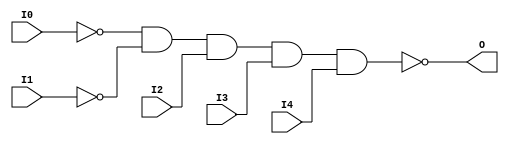
// $Header: /devl/xcs/repo/env/Databases/CAEInterfaces/verunilibs/s/NAND5B2.v,v 1.8.22.1 2003/11/18 20:41:37 wloo Exp $

/*

FUNCTION	: 5-INPUT NAND GATE

*/

`timescale  100 ps / 10 ps


module NAND5B2 (O, I0, I1, I2, I3, I4);

    output O;

    input  I0, I1, I2, I3, I4;

    not N1 (i1_inv, I1);
    not N0 (i0_inv, I0);
    nand A1 (O, i0_inv, i1_inv, I2, I3, I4);

    specify
	(I0 *> O) = (0, 0);
	(I1 *> O) = (0, 0);
	(I2 *> O) = (0, 0);
	(I3 *> O) = (0, 0);
	(I4 *> O) = (0, 0);
    endspecify

endmodule